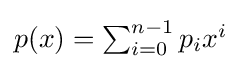
{\textstyle p(x)=\sum _{i=0}^{n-1}p_{i}x^{i}}